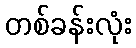
တစ်ခန်းလုံး